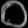
Digit: ၀